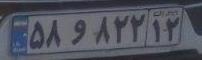
۵۸و۸۲۲۱۲